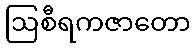
ဩစီရကဇာတော